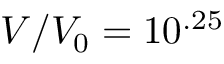
V / V _ { 0 } = 1 0 ^ { . 2 5 }